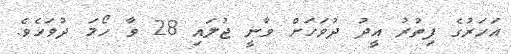
އަހަރުގެ ފިތުރު އީދު ދުވަހަށް ވާނީ ޖުލައި 28 ވާ ހޯމަ ދުވަހެވެ.